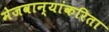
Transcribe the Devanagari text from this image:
मेजवान्यांकरिता